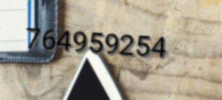
764959254